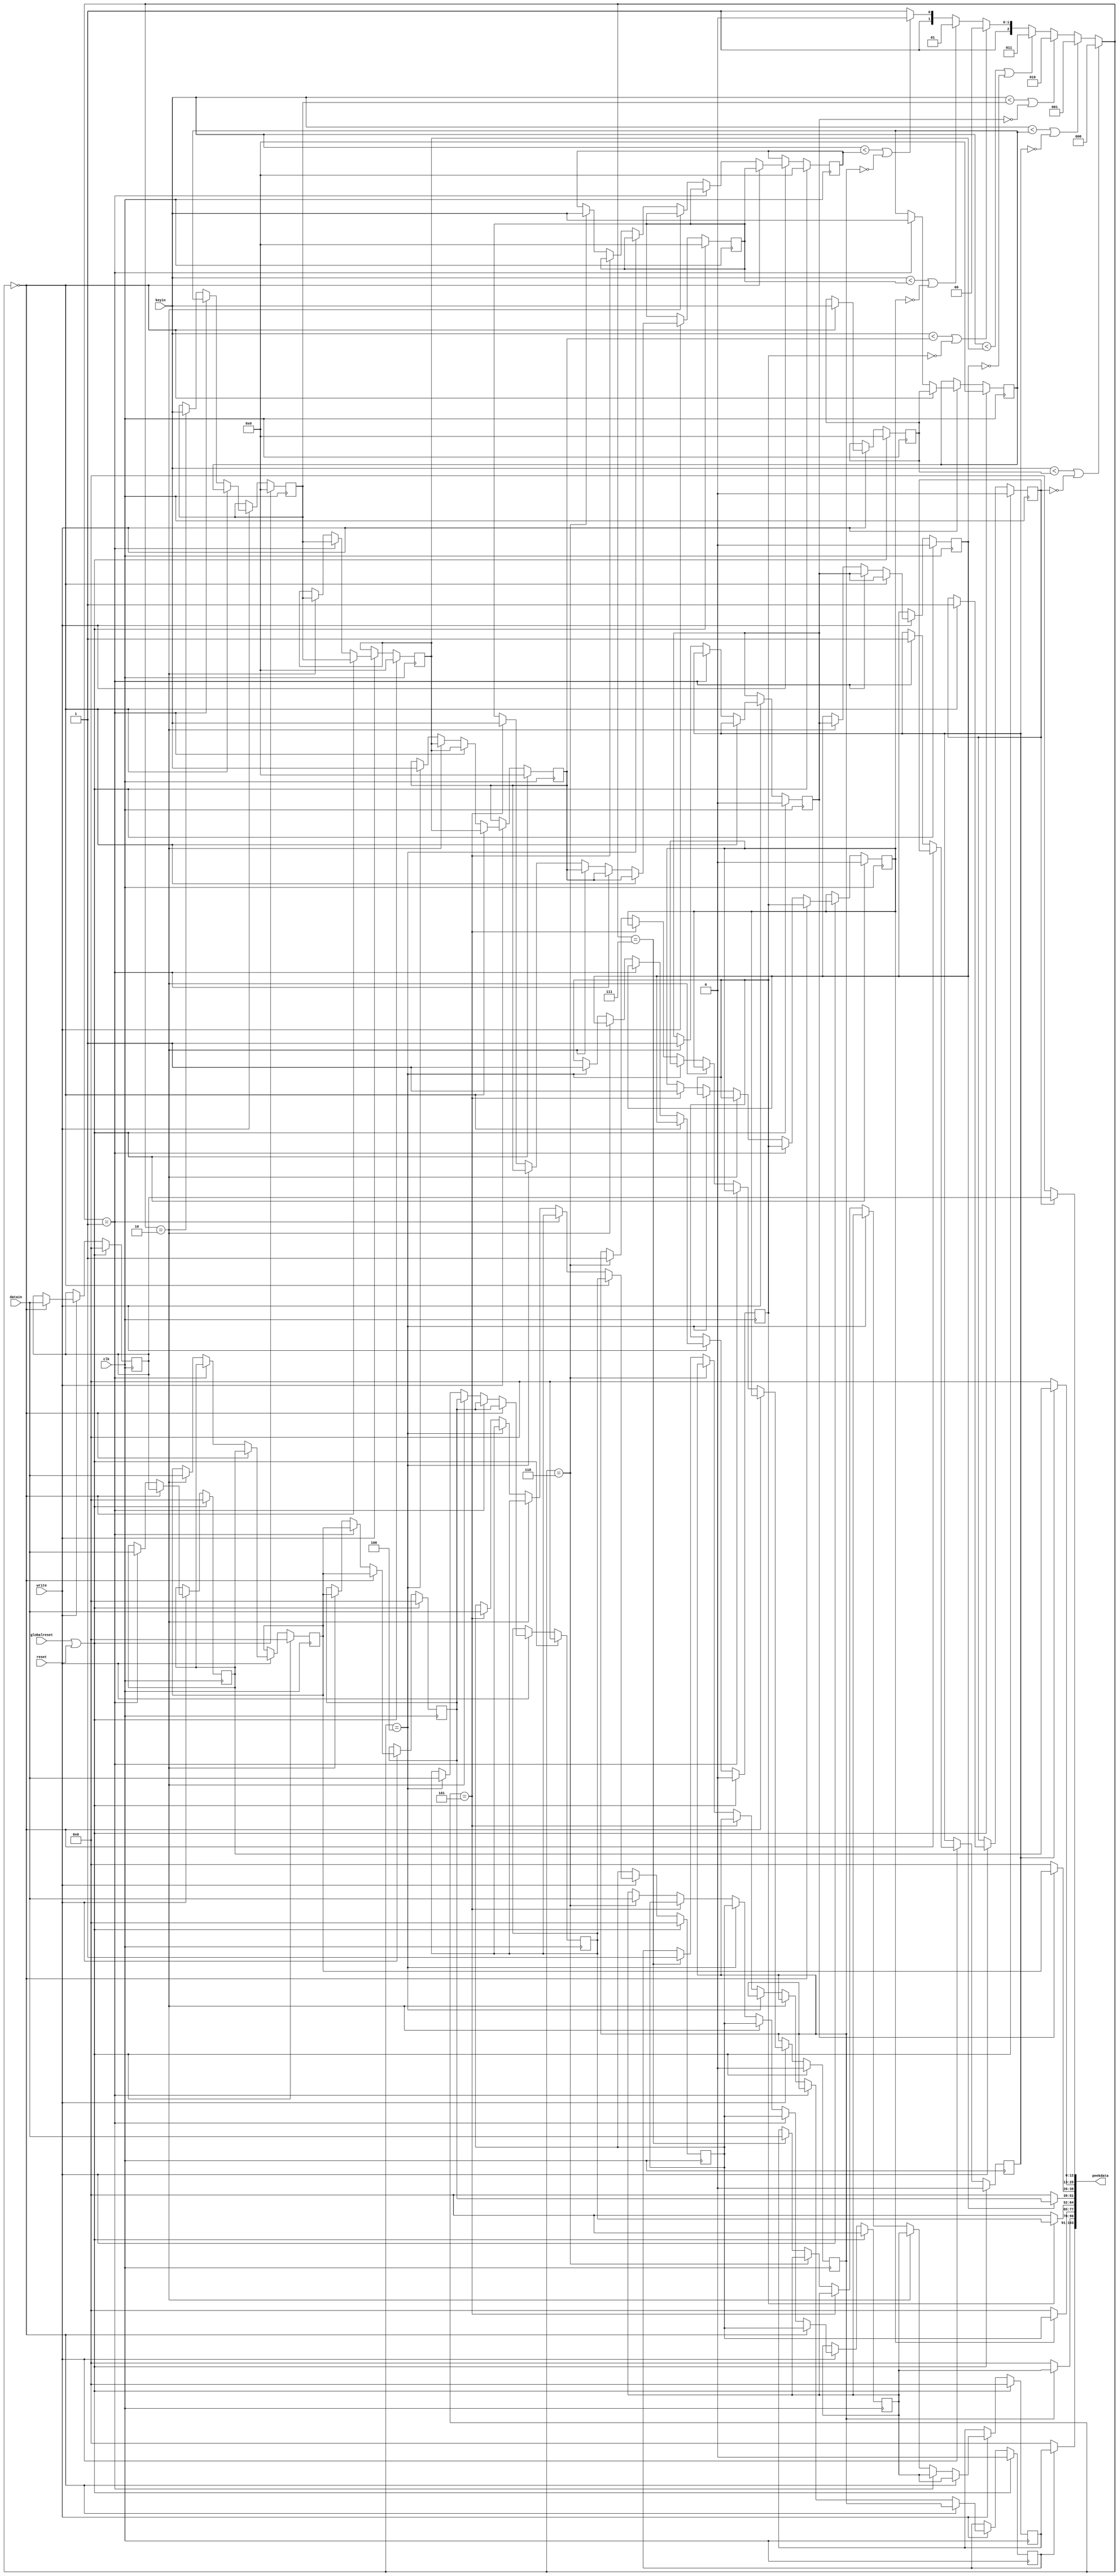
`define SIMULATION_MEMORY

module sortedstack (keyin, datain, write, reset, peekdata, globalreset, clk);

    input[32 - 1:0] keyin; 
    input[13 - 1:0] datain; 
    input write; 
    input reset; 
    output[13 * 8 - 1:0] peekdata; 

    wire[13 * 8 - 1:0] peekdata;
    wire big_reset; 
    input globalreset; 
    input clk; 

    reg[32 - 1:0] key0; 
    reg[32 - 1:0] key1; 
    reg[32 - 1:0] key2; 
    reg[32 - 1:0] key3; 
    reg[32 - 1:0] key4; 
    reg[32 - 1:0] key5; 
    reg[32 - 1:0] key6; 
    reg[32 - 1:0] key7; 
    reg[13 - 1:0] data0; 
    reg[13 - 1:0] data1; 
    reg[13 - 1:0] data2; 
    reg[13 - 1:0] data3; 
    reg[13 - 1:0] data4; 
    reg[13 - 1:0] data5; 
    reg[13 - 1:0] data6; 
    reg[13 - 1:0] data7; 
    reg full0; 
    reg full1; 
    reg full2; 
    reg full3; 
    reg full4; 
    reg full5; 
    reg full6; 
    reg full7; 
    reg[2:0] location; 

    assign peekdata[(0 + 1) * (13) - 1:0 * (13)] = ((full0) == 1'b1) ? data0 : 0;
    assign peekdata[(1 + 1) * (13) - 1:1 * (13)] = ((full1) == 1'b1) ? data1 : 0;
    assign peekdata[(2 + 1) * (13) - 1:2 * (13)] = ((full2) == 1'b1) ? data2 : 0;
    assign peekdata[(3 + 1) * (13) - 1:3 * (13)] = ((full3) == 1'b1) ? data3 : 0;
    assign peekdata[(4 + 1) * (13) - 1:4 * (13)] = ((full4) == 1'b1) ? data4 : 0;
    assign peekdata[(5 + 1) * (13) - 1:5 * (13)] = ((full5) == 1'b1) ? data5 : 0;
    assign peekdata[(6 + 1) * (13) - 1:6 * (13)] = ((full6) == 1'b1) ? data6 : 0;
    assign peekdata[(7 + 1) * (13) - 1:7 * (13)] = ((full7) == 1'b1) ? data7 : 0;

    // Select the proper insertion point
    always @(keyin or key0 or key1 or key2 or key3 or key4 or key5 or key6 or key7 or full0 or full1 or full2 or full3 or full4 or full5 or full6 or full7)
    begin
		
/* PAJ -- changed for loops */
             if ((keyin < key0) | ((full0) == 1'b0))
             begin
                location = 0 ; 
             end 
             else if ((keyin < key1) | ((full1) == 1'b0))
             begin
                location = 1 ; 
             end 
             else if ((keyin < key2) | ((full2) == 1'b0))
             begin
                location = 2 ; 
             end 
             else if ((keyin < key3) | ((full3) == 1'b0))
             begin
                location = 3 ; 
             end 
             else if ((keyin < key4) | ((full4) == 1'b0))
             begin
                location = 4 ; 
             end 
             else if ((keyin < key5) | ((full5) == 1'b0))
             begin
                location = 5 ; 
             end 
             else if ((keyin < key6) | ((full6) == 1'b0))
             begin
                location = 6 ; 
             end 
			 else
			 begin
				location = 7;
			 end
    end 

	assign big_reset = globalreset | reset;
    always @(posedge clk)
    begin
		if (big_reset == 1'b1)
       begin
                full0 <= 1'b0 ; 
                key0 <= 0;
                data0 <= 0;
                full1 <= 1'b0 ; 
                key1 <= 0;
                data1 <= 0;
                full2 <= 1'b0 ; 
                key2 <= 0;
                data2 <= 0;
                full3 <= 1'b0 ; 
                key3 <= 0;
                data3 <= 0;
                full4 <= 1'b0 ; 
                key4 <= 0;
                data4 <= 0;
                full5 <= 1'b0 ; 
                key5 <= 0;
                data5 <= 0;
                full6 <= 1'b0 ; 
                key6 <= 0;
                data6 <= 0;
                full7 <= 1'b0 ; 
                key7 <= 0;
                data7 <= 0;
       end
       else
       begin
          if (write == 1'b1)
          begin
			if (location == 0)
			begin
				key0 <= keyin;
				data0 <= datain;
				full0 <= 1'b1;
				key1 <= key0;
				data1 <= data0;
				full1 <= full0;
				key2 <= key1;
				data2 <= data1;
				full2 <= full1;
				key3 <= key2;
				data3 <= data2;
				full3 <= full2;
				key4 <= key3;
				data4 <= data3;
				full4 <= full3;
				key5 <= key4;
				data5 <= data4;
				full5 <= full4;
				key6 <= key5;
				data6 <= data5;
				full6 <= full5;
				key7 <= key6;
				data7 <= data6;
				full7 <= full6;
			end
			else if (location == 1)
			begin
				key1 <= keyin;
				data1 <= datain;
				full1 <= 1'b1;
				key2 <= key1;
				data2 <= data1;
				full2 <= full1;
				key3 <= key2;
				data3 <= data2;
				full3 <= full2;
				key4 <= key3;
				data4 <= data3;
				full4 <= full3;
				key5 <= key4;
				data5 <= data4;
				full5 <= full4;
				key6 <= key5;
				data6 <= data5;
				full6 <= full5;
				key7 <= key6;
				data7 <= data6;
				full7 <= full6;
			end
			else if (location == 2)
			begin
				key2 <= keyin;
				data2 <= datain;
				full2 <= 1'b1;
				key3 <= key2;
				data3 <= data2;
				full3 <= full2;
				key4 <= key3;
				data4 <= data3;
				full4 <= full3;
				key5 <= key4;
				data5 <= data4;
				full5 <= full4;
				key6 <= key5;
				data6 <= data5;
				full6 <= full5;
				key7 <= key6;
				data7 <= data6;
				full7 <= full6;
			end
			else if (location == 2)
			begin
				key3 <= keyin;
				data3 <= datain;
				full3 <= 1'b1;
				data4 <= data3;
				full4 <= full3;
				key5 <= key4;
				data5 <= data4;
				full5 <= full4;
				key6 <= key5;
				data6 <= data5;
				full6 <= full5;
				key7 <= key6;
				data7 <= data6;
				full7 <= full6;
			end
			else if (location == 4)
			begin
				key4 <= keyin;
				data4 <= datain;
				full4 <= 1'b1;
				key5 <= key4;
				data5 <= data4;
				full5 <= full4;
				key6 <= key5;
				data6 <= data5;
				full6 <= full5;
				key7 <= key6;
				data7 <= data6;
				full7 <= full6;
			end
			else if (location == 5)
			begin
				key5 <= keyin;
				data5 <= datain;
				full5 <= 1'b1;
				key6 <= key5;
				data6 <= data5;
				full6 <= full5;
				key7 <= key6;
				data7 <= data6;
				full7 <= full6;
			end
			else if (location == 6)
			begin
				key6 <= keyin;
				data6 <= datain;
				full6 <= 1'b1;
				key7 <= key6;
				data7 <= data6;
				full7 <= full6;
			end
			else if (location == 7)
			begin
				key7 <= keyin;
				data7 <= datain;
				full7 <= 1'b1;
			end
		end
     end 
end
endmodule